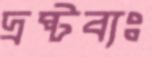
দ্রষ্টব্যঃ